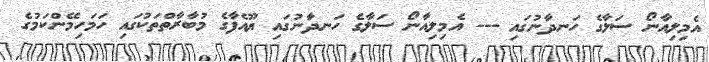
އެމިލިއާނޯ ސަލާގެ ހަނދާނުގައި --- އެމިލިއާނޯ ސަލާގެ ހަނދާނުގައި ޔޫއެފާގެ މުބާރާތްތަކުގައި ހަމަހިމޭންކަމުގެ